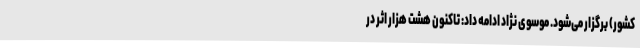
کشور) برگزار می‌شود. موسوی نژاد ادامه داد: تاکنون هشت هزار اثر در